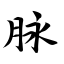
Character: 脉